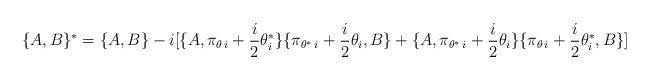
LaTeX: \begin{align*}\lbrace A,B\rbrace {}^{*}=\lbrace A,B\rbrace -i[\lbrace A,\pi_{\theta \, i}+{i\over 2}\theta^{*}_i\rbrace \lbrace \pi_{\theta^{*}\, i}+{i\over 2}\theta_i,B\rbrace +\lbrace A,\pi_{\theta^{*}\, i}+{i\over 2}\theta_i \rbrace \lbrace \pi_{\theta \, i}+{i\over 2}\theta^{*}_i,B\rbrace ]\end{align*}